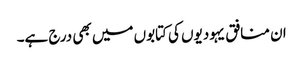
ان منافق یہودیوں کی کتابوں میں بھی درج ہے۔